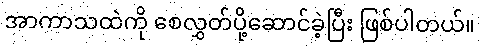
အာကာသထဲကို စေလွှတ်ပို့ဆောင်ခဲ့ပြီး ဖြစ်ပါတယ်။